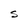
Character: S